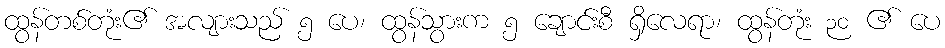
ထွန်တစ်တုံး၏ အလျားသည် ၅ ပေ၊ ထွန်သွားက ၅ ချောင်းစီ ရှိလေရာ၊ ထွန်တုံး ၃၀ ၏ ပေ